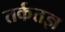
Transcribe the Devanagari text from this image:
तर्कतज्ञ